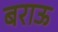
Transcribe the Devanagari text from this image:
बराऊ